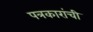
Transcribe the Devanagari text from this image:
पत्रकारांची